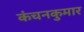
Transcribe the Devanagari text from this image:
कंचनकुमार